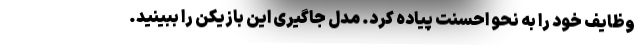
وظایف خود را به نحو احسنت پیاده کرد. مدل جاگیری این بازیکن را ببینید.